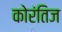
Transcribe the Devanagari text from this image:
कोरंतिज